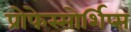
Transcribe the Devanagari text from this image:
प्रोफेस्सोर्शिप्स